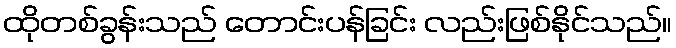
ထိုတစ်ခွန်းသည် တောင်းပန်ခြင်း လည်းဖြစ်နိုင်သည်။